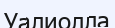
Уалиолла